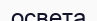
освета